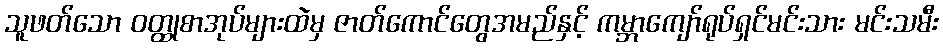
သူဖတ်သော ဝတ္ထုစာအုပ်များထဲမှ ဇာတ်ကောင်တွေအမည်နှင့် ကမ္ဘာကျော်ရုပ်ရှင်မင်းသား မင်းသမီး